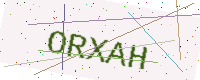
Text: ORXAH